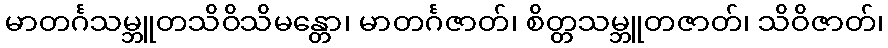
မာတင်္ဂသမ္ဘူတသိဝိသိမန္တော၊ မာတင်္ဂဇာတ်၊ စိတ္တသမ္ဘူတဇာတ်၊ သိဝိဇာတ်၊